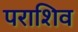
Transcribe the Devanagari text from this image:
पराशिव